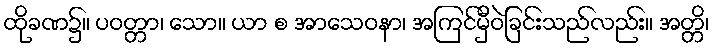
ထိုခဏ၌။ ပဝတ္တာ၊ သော။ ယာ စ အာသေဝနာ၊ အကြင်မှီဝဲခြင်းသည်လည်း။ အတ္တိ၊